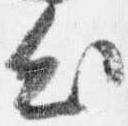
出